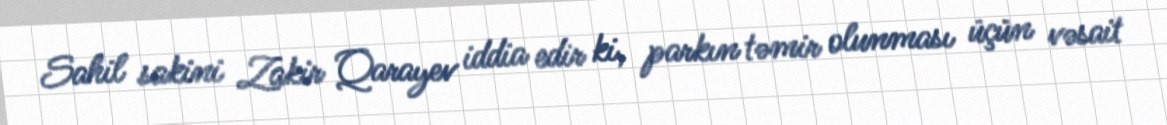
Sahil sakini Zakir Qarayev iddia edir ki, parkın təmir olunması üçün vəsait